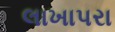
લાખાપરા